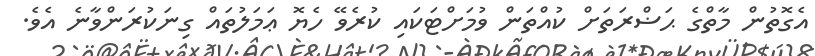
އެގޮތުން މާތްގެ ޙަޟްރަތަށް ކުއްތަން ވުމަށްޓަކައި ކުރެވޭ ހެޔޮ ޢަމަލުތައް ގިނަކުރަންވާނެ އެވެ.